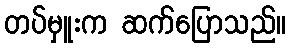
တပ်မှူးက ဆက်ပြောသည်။